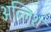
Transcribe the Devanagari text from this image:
अब्लिश